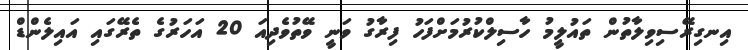
އިނގިރޭސިވިލާތުން ތައުލީމު ހާސިލްކުރުމަށްފަހު ފިރާގު ވަނީ ވޭތުވެދިއަ 20 އަހަރުގެ ތެރޭގައި އައިލެންޑް